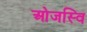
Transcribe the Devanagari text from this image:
ओजस्वि